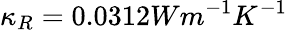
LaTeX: \kappa_{R}=0.0312Wm^{-1}K^{-1}